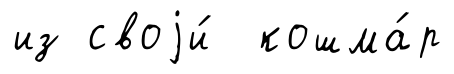
из своjи́ кошма́р